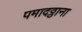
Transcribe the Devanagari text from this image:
पमादठ्ठाना